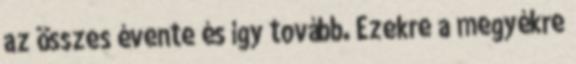
az összes évente és így tovább. Ezekre a megyékre